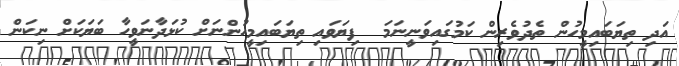
އަދި ތިޔަބައިމީހުން ތެދުވެރިން ކަމުގައިވަނީނަމަ  ފިޔަވައި ތިޔަބައިމީހުންނަށް ކުޅަދާނަވީހާ ބަޔަކަށް ނިކަން